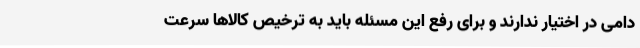
دامی در اختیار ندارند و برای رفع این مسئله باید به ترخیص کالاها سرعت